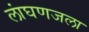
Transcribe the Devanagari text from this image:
लांघणजला